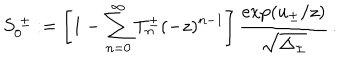
LaTeX: S _ { 0 } ^ { \ \pm } : = \left[ 1 - \sum _ { n = 0 } ^ { \infty } T _ { n } ^ { \pm } ( - z ) ^ { n - 1 } \right] { \frac { \exp ( u _ { \pm } / z ) } { \sqrt { \Delta _ { \pm } } } } \, .